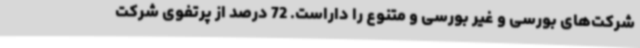
شرکت‌های بورسی و غیر بورسی و متنوع را داراست. 72 درصد از پرتفوی شرکت